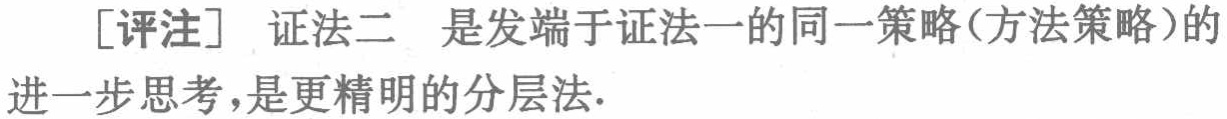
[评注] 证法二 是发端于证法一的同一策略(方法策略)的进一步思考，是更精明的分层法.